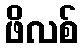
ဖိလစ်